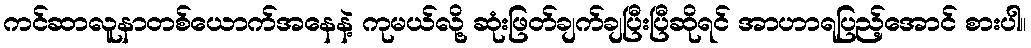
ကင်ဆာလူနာတစ်ယောက်အနေနဲ့ ကုမယ်လို့ ဆုံးဖြတ်ချက်ချပြီးပြီဆိုရင် အာဟာရပြည့်အောင် စားပါ။